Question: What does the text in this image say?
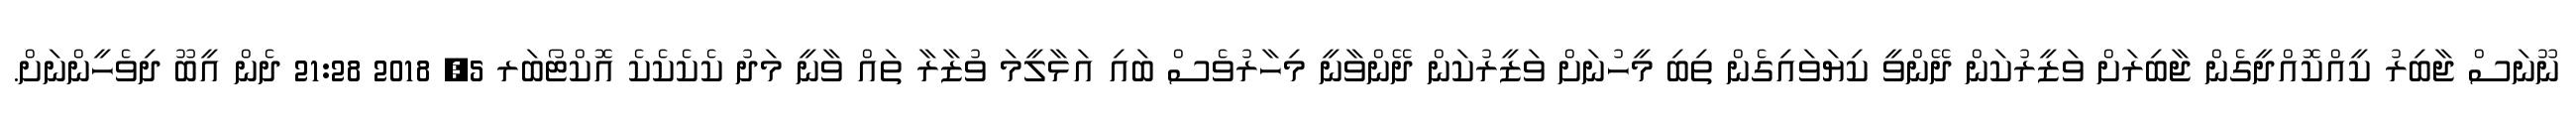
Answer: ނޫނަސް ޖާބިރު ކީއްކޮއްދީގެން ޖާބިރަށް ވަޒީރުކަން ދޭންވީ ކިޔަވައިގެން ތިބި މީހުނަށް ވަޒީރުކަން ދޭންވާނީ މިހާރުވެސް ބައި އަޅާލީމަ ވުޒާރާ ތައް ވާނީ މަދު ކެކެކެކެ އޮކްޓޯބަރ 5, 2018 21:28 ދެން އީބޫ ދިވެހީންނަށް.